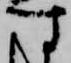
す